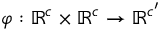
\varphi : \mathbb { R } ^ { c } \times \mathbb { R } ^ { c } \to \mathbb { R } ^ { c ^ { \prime } }